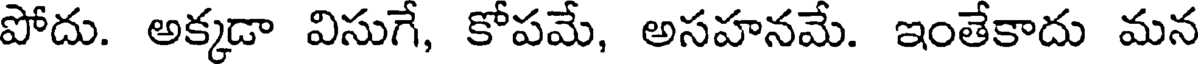
పోదు. అక్కడా విసుగే, కోపమే, అసహనమే. ఇంతేకాదు మన